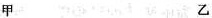
甲 乙